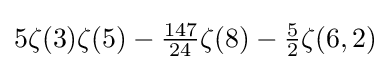
5\zeta (3)\zeta (5)-{\tfrac {147}{24}}\zeta (8)-{\tfrac {5}{2}}\zeta (6,2)